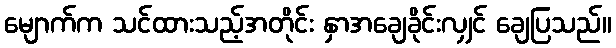
မျောက်က သင်ထားသည့်အတိုင်း နှာအချေခိုင်းလျှင် ချေပြသည်။